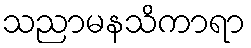
သညာမနသိကာရာ